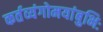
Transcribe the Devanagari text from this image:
कर्तव्यंगोमयांबुभिः